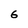
Character: 6